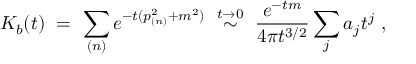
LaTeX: K _ { b } ( t ) \ = \ \sum _ { ( n ) } e ^ { - t ( p _ { ( n ) } ^ { 2 } + m ^ { 2 } ) } \ \stackrel { t \rightarrow 0 } { \sim } \ \frac { e ^ { - t m } } { 4 \pi t ^ { 3 / 2 } } \sum _ { j } a _ { j } t ^ { j } \ ,